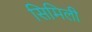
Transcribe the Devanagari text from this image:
सिमिली